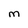
Character: m